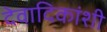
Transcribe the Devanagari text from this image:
देवादिकांशी